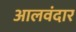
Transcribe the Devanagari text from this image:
आलवंदार